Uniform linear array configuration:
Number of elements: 4
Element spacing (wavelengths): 0.75
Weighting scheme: blackman
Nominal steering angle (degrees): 0
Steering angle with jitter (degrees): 1.052
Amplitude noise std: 0.05
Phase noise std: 0.05

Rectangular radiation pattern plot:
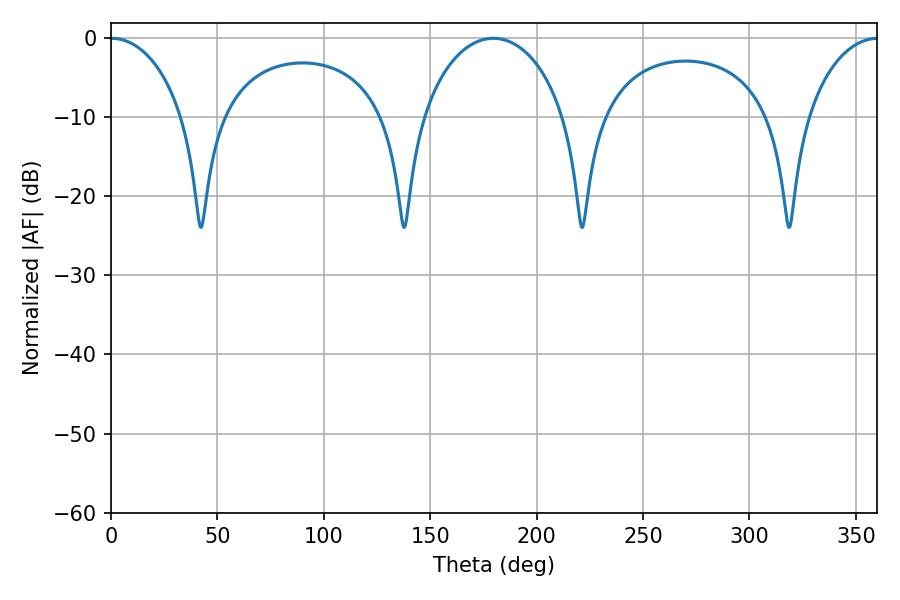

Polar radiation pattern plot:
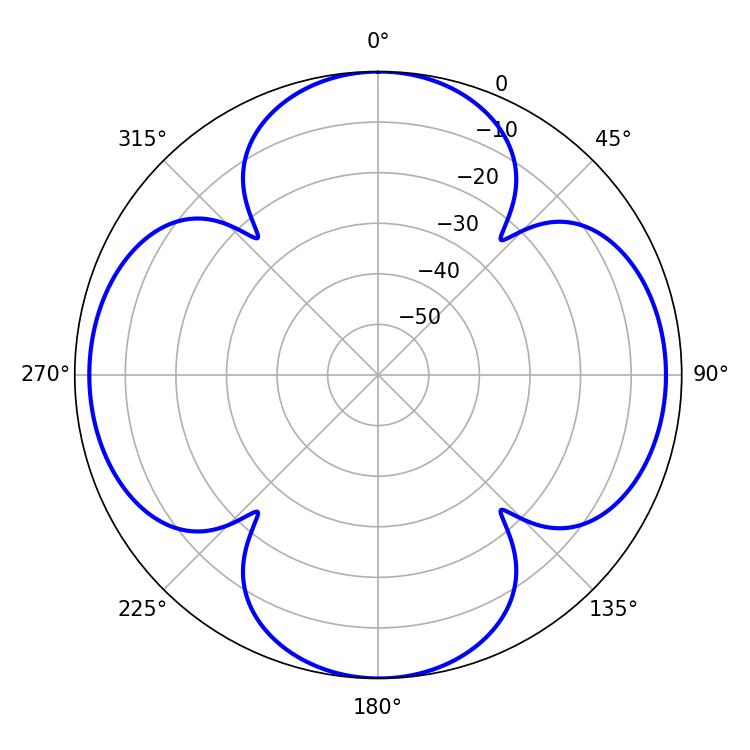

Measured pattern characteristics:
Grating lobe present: TRUE
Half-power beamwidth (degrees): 19.8
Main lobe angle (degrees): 0.36